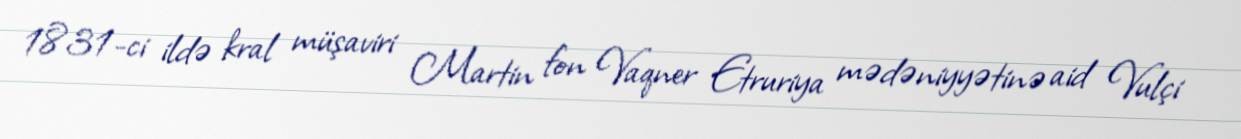
1831-ci ildə kral müşaviri Martin fon Vaqner Etruriya mədəniyyətinə aid Vulçi